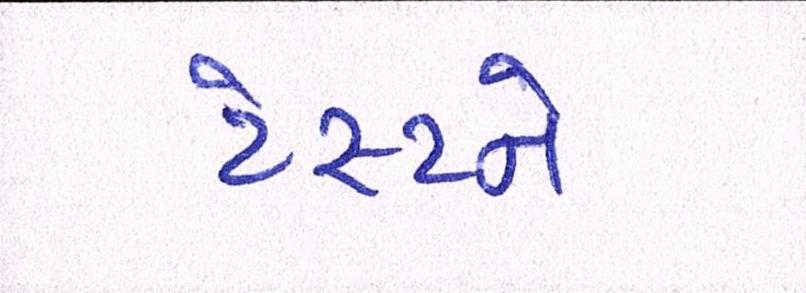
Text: ટેસ્ટને